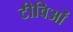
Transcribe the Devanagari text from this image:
टीविओं